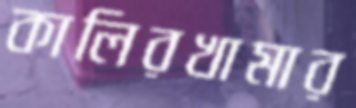
কালিরখামার